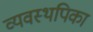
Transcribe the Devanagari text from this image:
व्यवस्थपिका